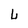
Character: L